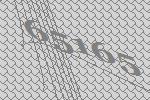
65165